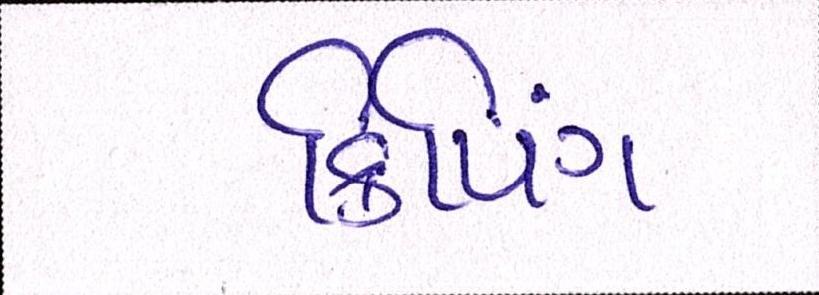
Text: ક્રિપિંગ